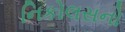
નિકોલસનો